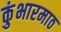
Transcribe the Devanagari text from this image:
कुंभारमाठ